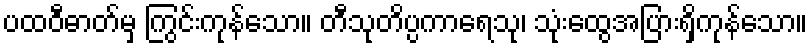
ပထဝီဓာတ်မှ ကြွင်းကုန်သော။ တီသုတိပ္ပကာရေသု၊ သုံးထွေအပြားရှိကုန်သော။